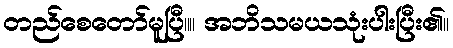
တည်စေတော်မူပြီ။။ အဘိသမယသုံးပါးပြီး၏။